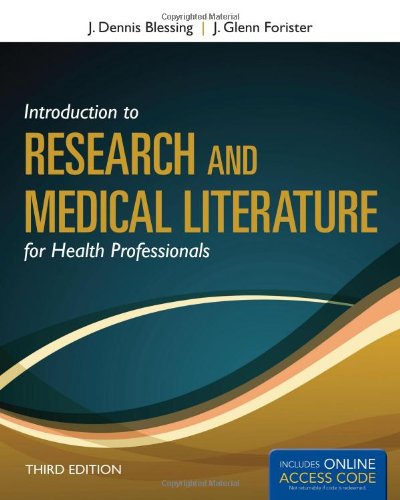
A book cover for Introduction To Research And Medical Literature For Health Professionals (Blessing, Introduction to Research and Medical Literature for Health Professionals wi); J. Dennis Blessing; Medical Books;